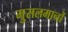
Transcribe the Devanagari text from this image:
मु्सलमानों